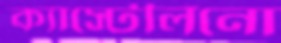
ক্যাস্টেলিনো